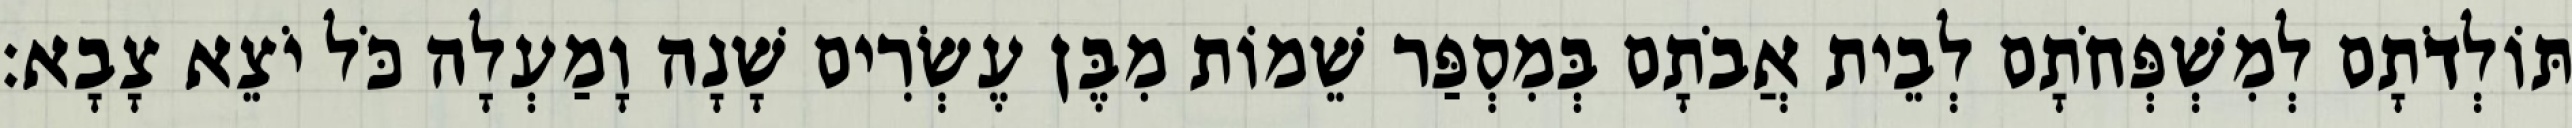
תּוֹלְדֹתָם לְמִשְׁפְּחֹתָם לְבֵית אֲבֹתָם בְּמִסְפַּר שֵׁמוֹת מִבֶּן עֶשְׂרִים שָׁנָה וָמַעְלָה כֹּל יֹצֵא צָבָא׃